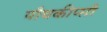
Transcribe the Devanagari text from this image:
पौघकीप्सी